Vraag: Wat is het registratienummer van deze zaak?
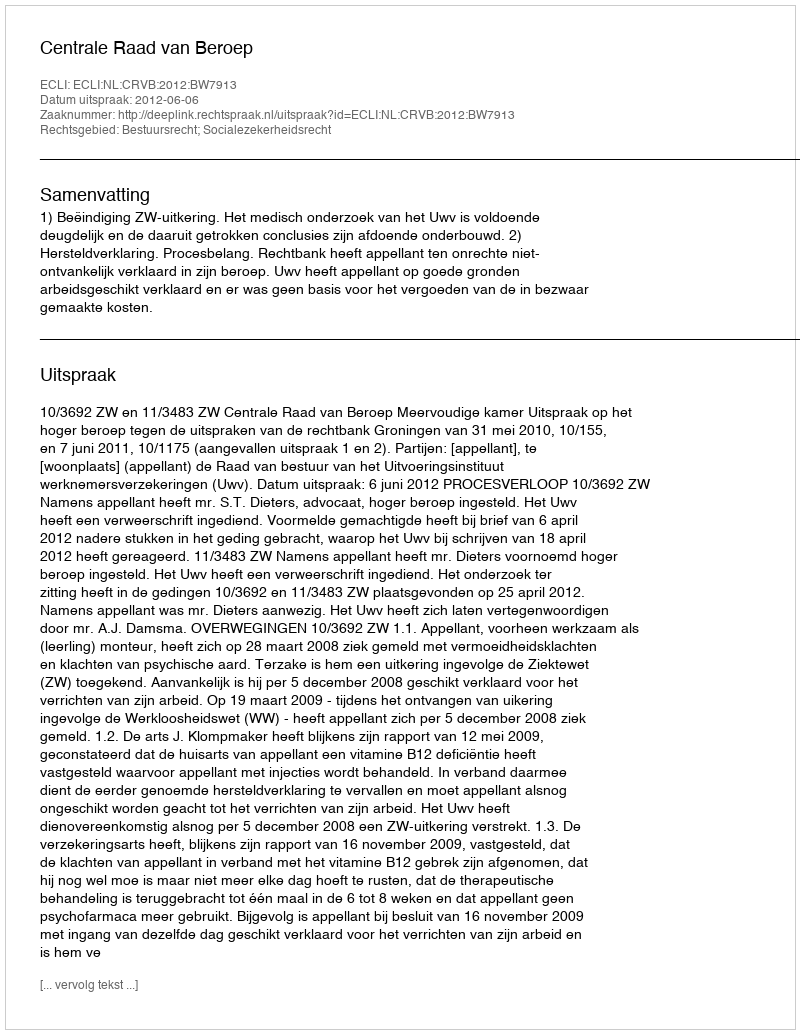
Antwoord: http://deeplink.rechtspraak.nl/uitspraak?id=ECLI:NL:CRVB:2012:BW7913